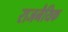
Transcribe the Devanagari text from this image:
राजनैयिक